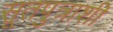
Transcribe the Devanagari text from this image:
सूतपुत्राशी